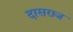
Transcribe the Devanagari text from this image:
दासराज